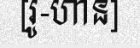
[រូ-ហាន]